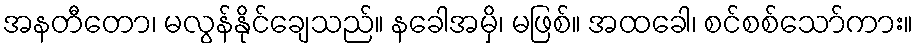
အနတီတော၊ မလွန်နိုင်ချေသည်။ နခေါအမှိ၊ မဖြစ်။ အထခေါ၊ စင်စစ်သော်ကား။